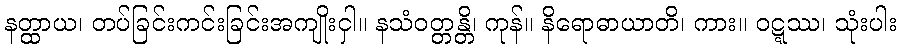
နတ္ထာယ၊ တပ်ခြင်းကင်းခြင်းအကျိုးငှါ။ နသံဝတ္တန္တိ၊ ကုန်။ နိရောဓာယာတိ၊ ကား။ ဝဋ္ဋဿ၊ သုံးပါး